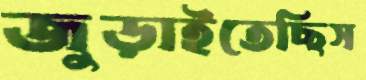
জুড়াইতেছিস